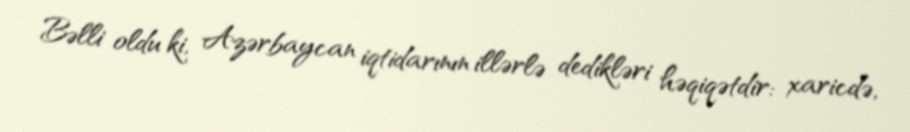
Bəlli oldu ki, Azərbaycan iqtidarının illərlə dedikləri həqiqətdir: xaricdə,